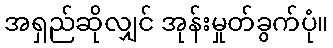
အရှည်ဆိုလျှင် အုန်းမှုတ်ခွက်ပုံ။